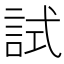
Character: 試